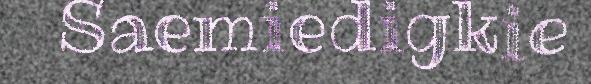
Saemiedigkie